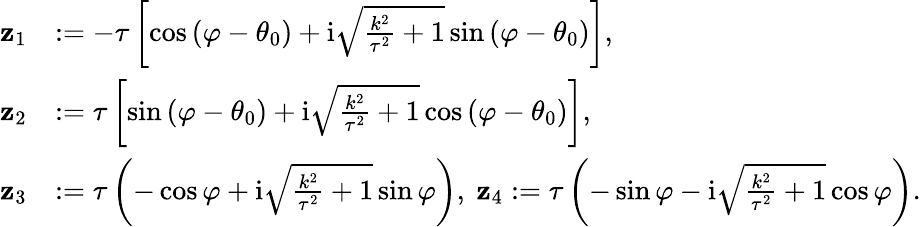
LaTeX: \begin{array}{rl}{\mathbf z_{1}}&{:=-\tau\left[\cos\left(\varphi-\theta_{0}\right)+\mathrm{i}\sqrt{\frac{k^{2}}{\tau^{2}}+1}\sin\left(\varphi-\theta_{0}\right)\right],}\\ {\mathbf z_{2}}&{:=\tau\left[\sin\left(\varphi-\theta_{0}\right)+\mathrm{i}\sqrt{\frac{k^{2}}{\tau^{2}}+1}\cos\left(\varphi-\theta_{0}\right)\right],}\\ {\mathbf z_{3}}&{:=\tau\left(-\cos\varphi+\mathrm i\sqrt{\frac{k^{2}}{\tau^{2}}+1}\sin\varphi\right),\ \mathbf z_{4}:=\tau\left(-\sin\varphi-\mathrm i\sqrt{\frac{k^{2}}{\tau^{2}}+1}\cos\varphi\right).}\end{array}